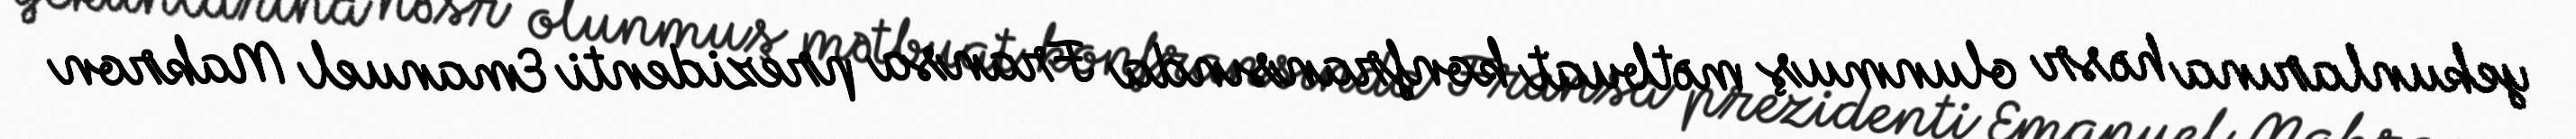
yekunlarına həsr olunmuş mətbuat konfransında Fransa prezidenti Emanuel Makron